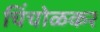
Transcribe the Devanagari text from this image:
चिंचोळकर